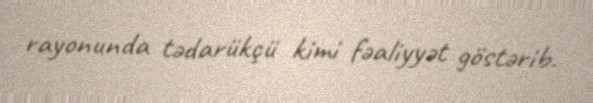
rayonunda tədarükçü kimi fəaliyyət göstərib.